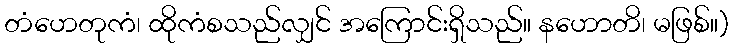
တံဟေတုကံ၊ ထိုကံစသည်လျှင် အကြောင်းရှိသည်။ နဟောတိ၊ မဖြစ်။)